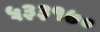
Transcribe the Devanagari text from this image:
५३३१७०